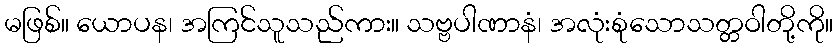
မဖြစ်။ ယောပန၊ အကြင်သူသည်ကား။ သဗ္ဗပါဏာနံ၊ အလုံးစုံသောသတ္တဝါတို့ကို။